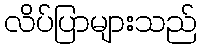
လိပ်ပြာများသည်